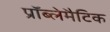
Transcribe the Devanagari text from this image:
प्रॉब्लेमैटिक